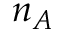
n _ { A }